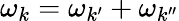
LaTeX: \omega_{{k}}=\omega_{{k}^{\prime}}+\omega_{{k}^{\prime\prime}}